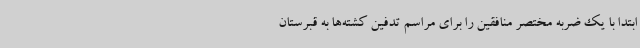
ابتدا با یک ضربه مختصر منافقین را برای مراسم تدفین کشته‌ها به قبرستان